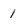
Character: 1